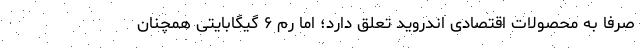
صرفا به محصولات اقتصادی اندروید تعلق دارد؛ اما رم ۶ گیگابایتی همچنان